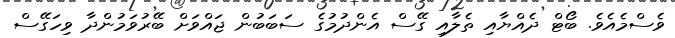
ވެސްމެއެވެ. ބޯޓް ދެއްޔާއި ތެލާއި ގޭސް އެންދުމުގެ ސަބަބުން ޖައްވަށް ބޭރުވަމުންދާ ވިހަގޭސް